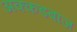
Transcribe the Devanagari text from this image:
अक्कडबाज